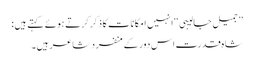
’’ جمیل جالیبی ‘‘ انہیں امکانات کا ذکر کرتے ہوئے کہتے ہیں :
شاہ قدرت اس دور کے منفرد شاعر ہیں ۔